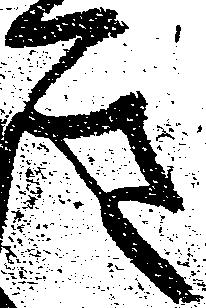
き